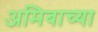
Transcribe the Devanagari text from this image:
अमिबाच्या